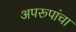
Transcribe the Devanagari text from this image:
अपरूपांचा